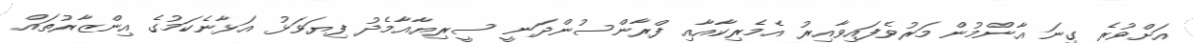
އަށްވުރެ ގިނަ އާންމުން މަރުވެފައިވާއިރު އެމެރިކާއާއި ފްރާންސުންދަނީ ސީރިޔާއާމެދު ފިޔަވަޅު އަޅާނެކަމުގެ އިންޒާރުތައް